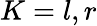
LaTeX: K=l,r